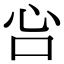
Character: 吢